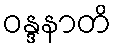
ဝန္ဒနာတိ